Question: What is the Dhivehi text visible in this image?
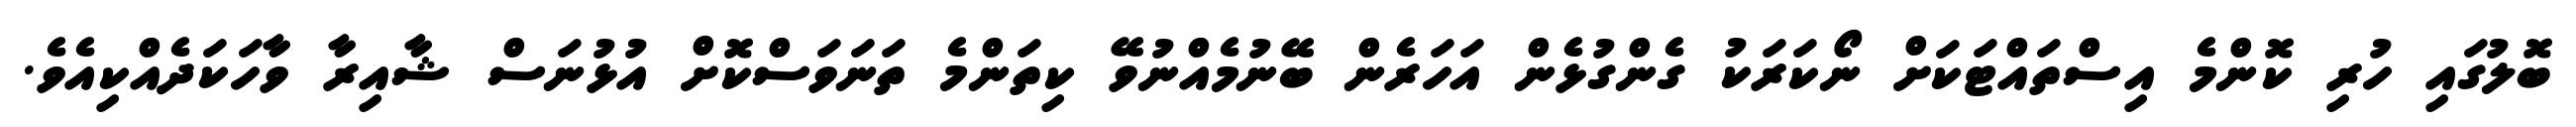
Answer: ބޮލުގައި ހުރި ކޮންމެ އިސްތައްޓަކަށް ނޯކަރަކު ގެންގުޅެން އަހަރެން ބޭނުމެއްނުވޭ ކިތަންމެ ތަނަވަސްކޮށް އުޅުނަސް ޝާއިރާ ވާހަކަދެއްކިއެވެ.